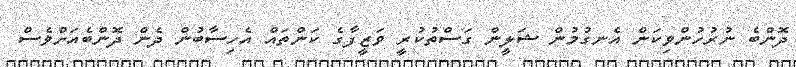
ދޮންބެ ނުރުހުންވިކަން އެނގުމުން ޝަލީން ގަސްތުކުރީ ވަޒީފާގެ ކަންތައް އެހިސާބުން ދެން ދޮންބެއަށްވެސް